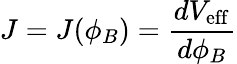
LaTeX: J=J(\phi_{B})={\frac{dV_{\mathrm{eff}}}{d\phi_{B}}}